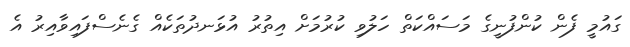
ގައުމީ ފެން ކުންފުނީގެ މަސައްކަތް ހަލުވި ކުރުމަށް އިތުރު އުޅަނދުތަކެއް ގެނެސްފައިވާއިރު އެ